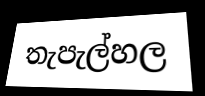
තැපැල්හල